Reports on military cantonments and civil stations in the Presidency of Bombay inspected by the Sanitary Commissioner in the years 1875 and 1876
Year: 1875
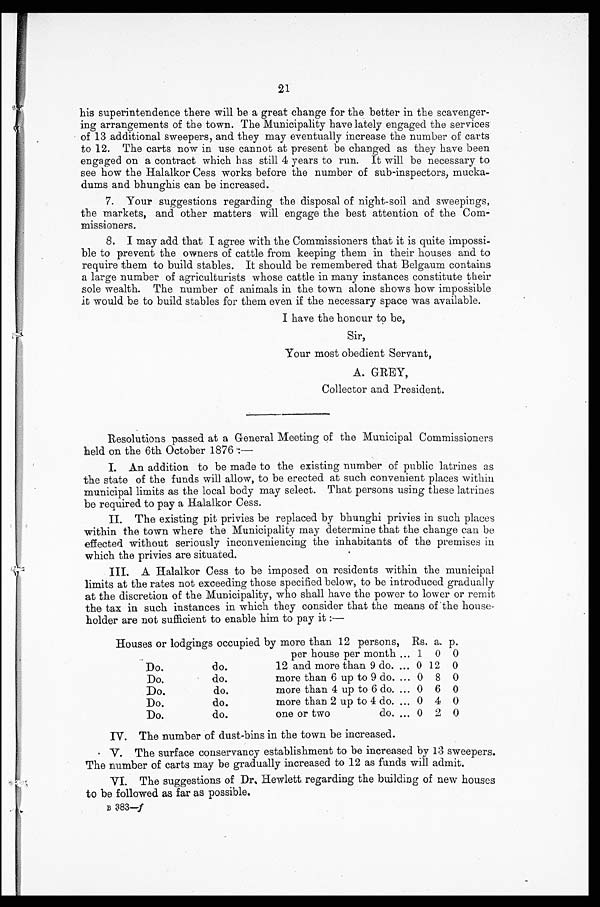
21
his superintendence there will be a great change for the better in the scavenger
-ing arrangements of the town. The Municipality have lately engaged the services
of 13 additional sweepers, and they may eventually increase the number of carts
to 12. The carts now in use cannot at present be changed as they have been
engaged on a contract which has still 4 years to run. It will be necessary to
see how the Halalkor Cess works before the number of sub-inspectors, mucka
-dums and bhunghis can be increased.
7. Your suggestions regarding the disposal of night-soil and sweepings,
the markets, and other matters will engage the best attention of the Co
m - m i s s i o n e r s .
8. I may add that I agree with the Commissioners that it is quite impossi
- b l e t o p r e v e n t t h e o w n e r s o f c a t t l e f r o m k e e p i n g t h e m i n t h e i r h o u s e s a n d t o
require them to build stables. It should be remembered that Belgaum contains
a large number of agriculturists whose cattle in many instances constitute their
sole wealth. The number of animals in the town alone shows how impossible
it would be to build stables for them even if the necessary space was available.
I have the honour to be,
Sir,
Your most obedient Servant,
A. GREY,
Collector and President.
Resolutions passed at a General Meeting of the Municipal Commissioners
held on the 6th October 1876 :—
I. An addition to be made to the existing number of public latrines as
the state of the funds will allow, to be erected at such convenient places within
municipal limits as the local body may select. That persons using these latrines
be required to pay a Halalkor Cess.
II. The existing pit privies be replaced by bhunghi privies in such places
within the town where the Municipality may determine that the change can be
effected without seriously inconveniencing the inhabitants of the premises in
which the privies are situated.
III. A Halalkor Cess to be imposed on residents within the municipal
limits at the rates not exceeding those specified below, to be introduced gradually
at the discretion of the Municipality, who shall have the power to lower or remit
the tax in such instances in which they consider that the means of the house--
holder are not sufficient to enable him to pay it :—
Houses or lodgings occupied by more than 12 persons, Rs. a. p.
per house per month . . . 1 0 0
Do. do. 12 and more than 9 do. . . . 0
1 2 0
Do. do. more than 6 up to 9 do. . . . 0 8 0
Do. do. more than 4 up to 6 do. . . . 0 6 0
Do. do. more than 2 up to 4 do. . . . 0 4 0
Do. do. one or two do. . . . 0 2 0
IV. The number of dust-bins in the town be increased.
V. The surface conservancy establishment to be increased by 13 sweepers.
The number of carts may be gradually increased to 12 as funds will admit.
VI. The suggestions of Dr. Hewlett regarding the building of new houses
to be followed as far as possible.
B 383—f